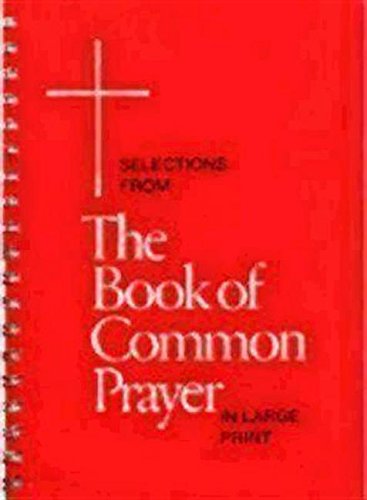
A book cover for Selections from the Book of Common Prayer in Large Print; Church Publishing; Christian Books & Bibles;